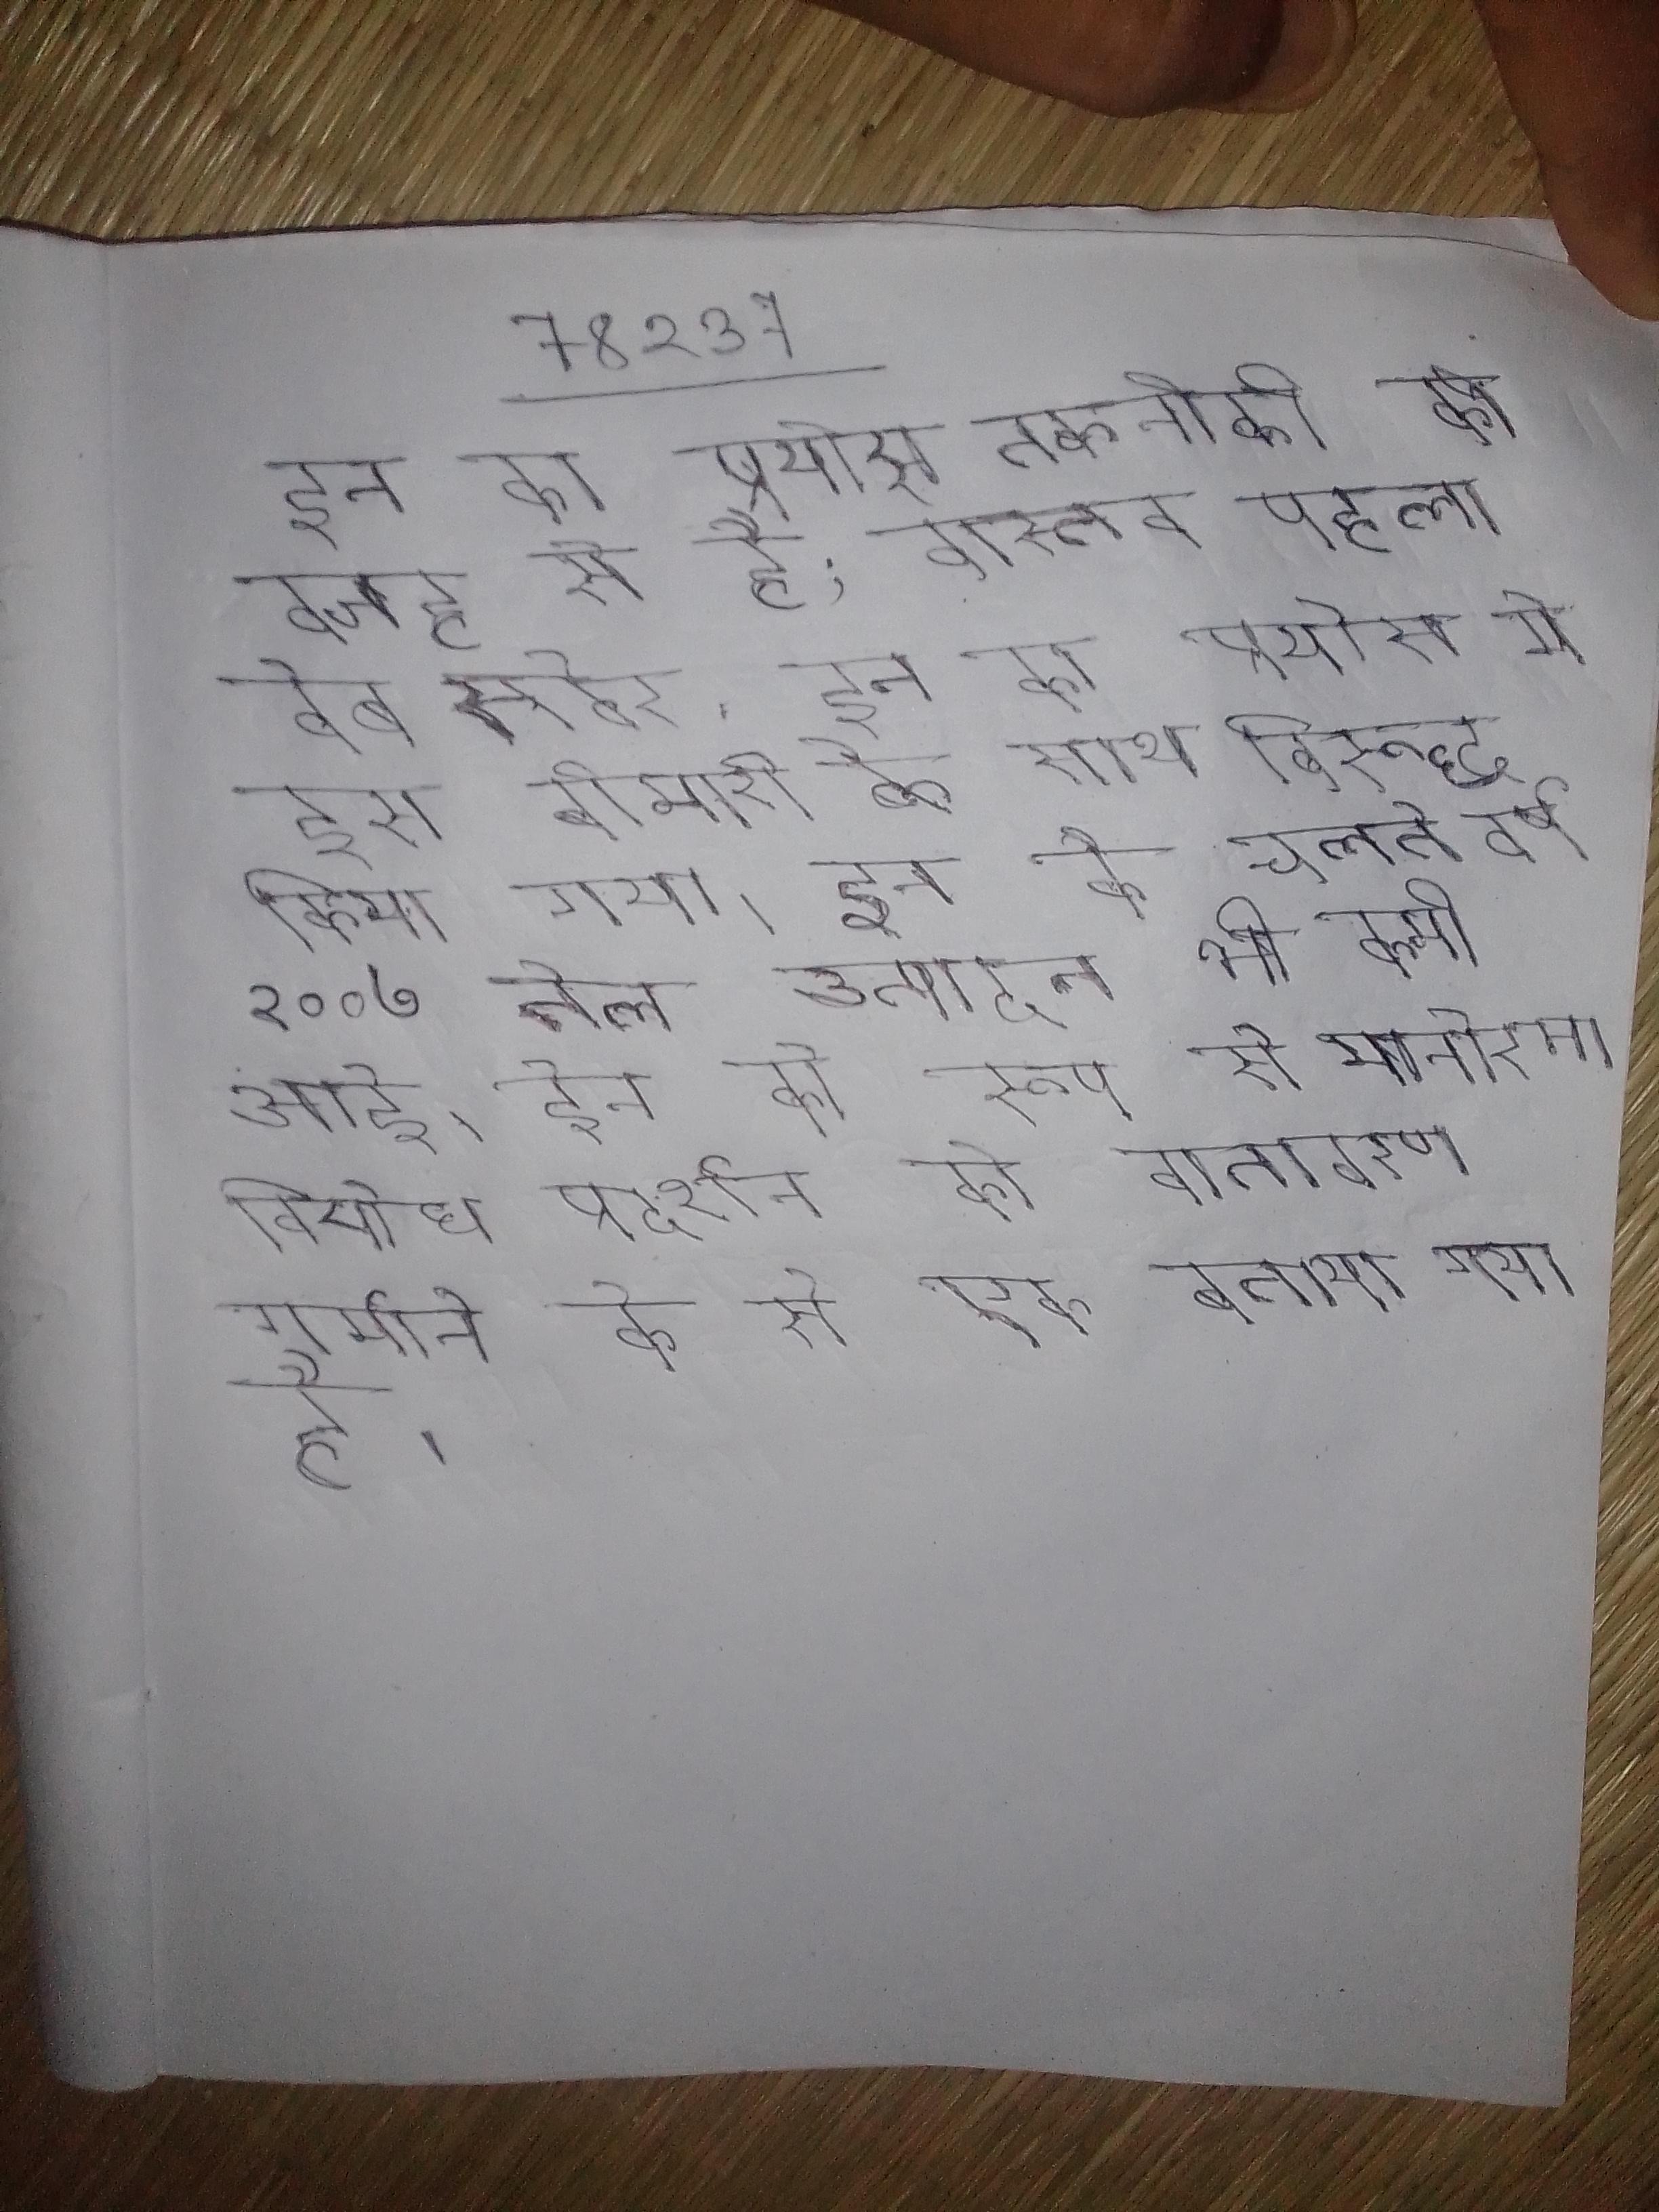
इन का प्रयोग तकनीकी की वजह से है; वास्तव पहला वेब सर्वर . इन का प्रयोग मे इस बीमारी के विरूद्ध किया गया । इन के चलते वर्ष २००७ तेल उत्पादन भी कमी आई । इन को रूप से मनोरमा विरोध प्रदर्शन को वातावरण गर्माने के से एक बताया गया है ।